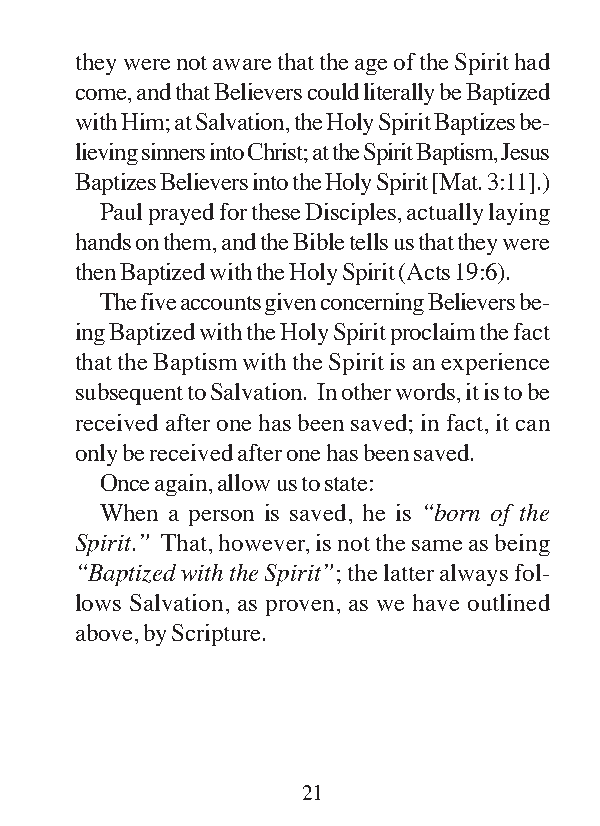
they were not aware that the age of the Spirit had
 come, and that Believers could literally be Baptized
 with Him; at Salvation, the Holy Spirit Baptizes be-
 lieving sinners into Christ; at the Spirit Baptism, Jesus
 Baptizes Believers into the Holy Spirit [Mat. 3:11].)
 Paul prayed for these Disciples, actually laying
 hands on them, and the Bible tells us that they were
 then Baptized with the Holy Spirit (Acts 19:6).
 The five accounts given concerning Believers be-
 ing Baptized with the Holy Spirit proclaim the fact
 that the Baptism with the Spirit is an experience
 subsequent to Salvation. In other words, it is to be
 received after one has been saved; in fact, it can
 only be received after one has been saved.
 Once again, allow us to state:
 When a person is saved, he is “born of the
 Spirit.” That, however, is not the same as being
 “Baptized with the Spirit”; the latter always fol-
 lows Salvation, as proven, as we have outlined
 above, by Scripture.
 21